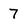
Character: 7